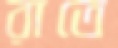
রাতে